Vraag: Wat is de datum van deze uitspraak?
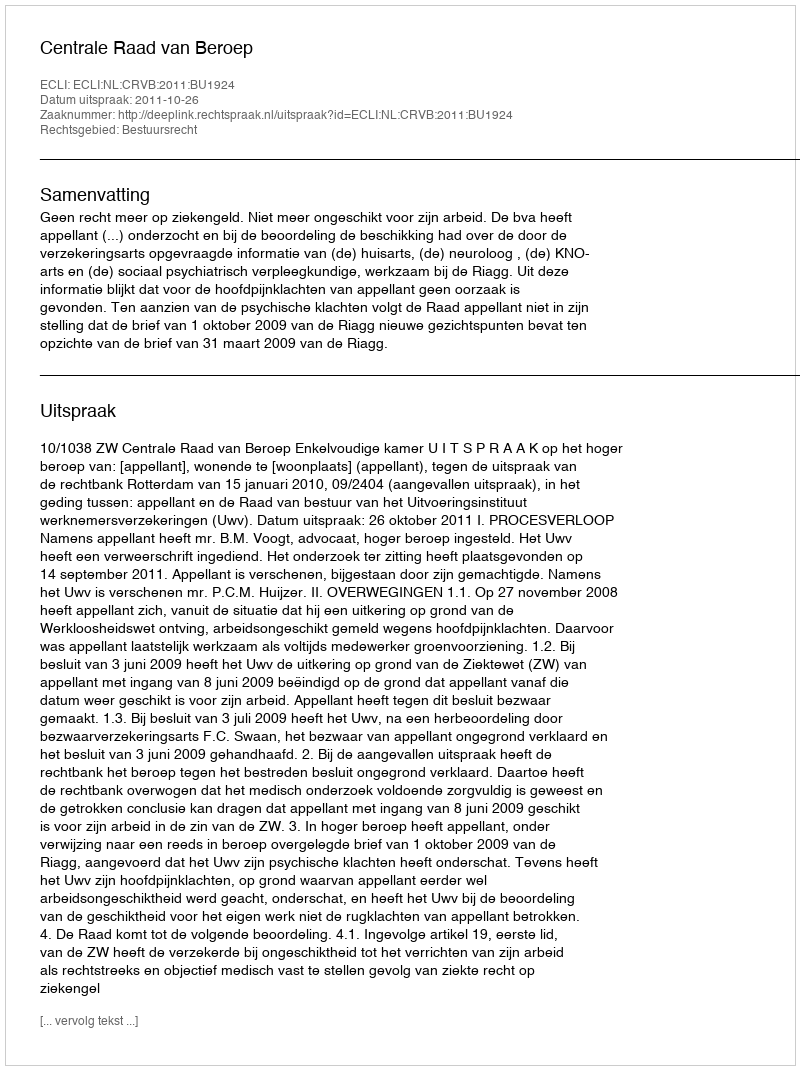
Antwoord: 2011-10-26